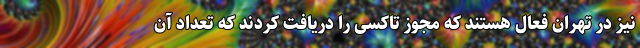
نیز در تهران فعال هستند که مجوز تاکسی را دریافت کردند که تعداد آن